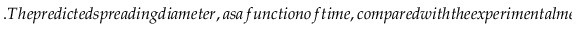
. T h e p r e d i c t e d s p r e a d i n g d i a m e t e r , a s a f u n c t i o n o f t i m e , c o m p a r e d w i t h t h e e x p e r i m e n t a l m e a s u r e m e n t a n d S P H s i m u l a t i o n , i s s h o w n i n F i g . . I n a d d i t i o n , a n o t h e r i m p a c t c a s e f o r d i e s e l d r o p l e t (